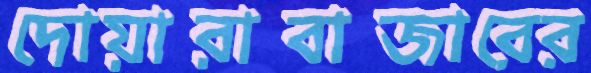
দোয়ারাবাজারের